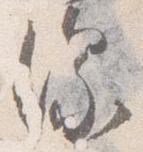
深